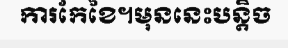
ការកែខៃ។មុននេះបន្តិច